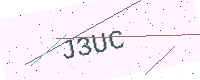
Text: J3UC